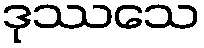
ဒုဿသေ